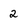
Character: 2